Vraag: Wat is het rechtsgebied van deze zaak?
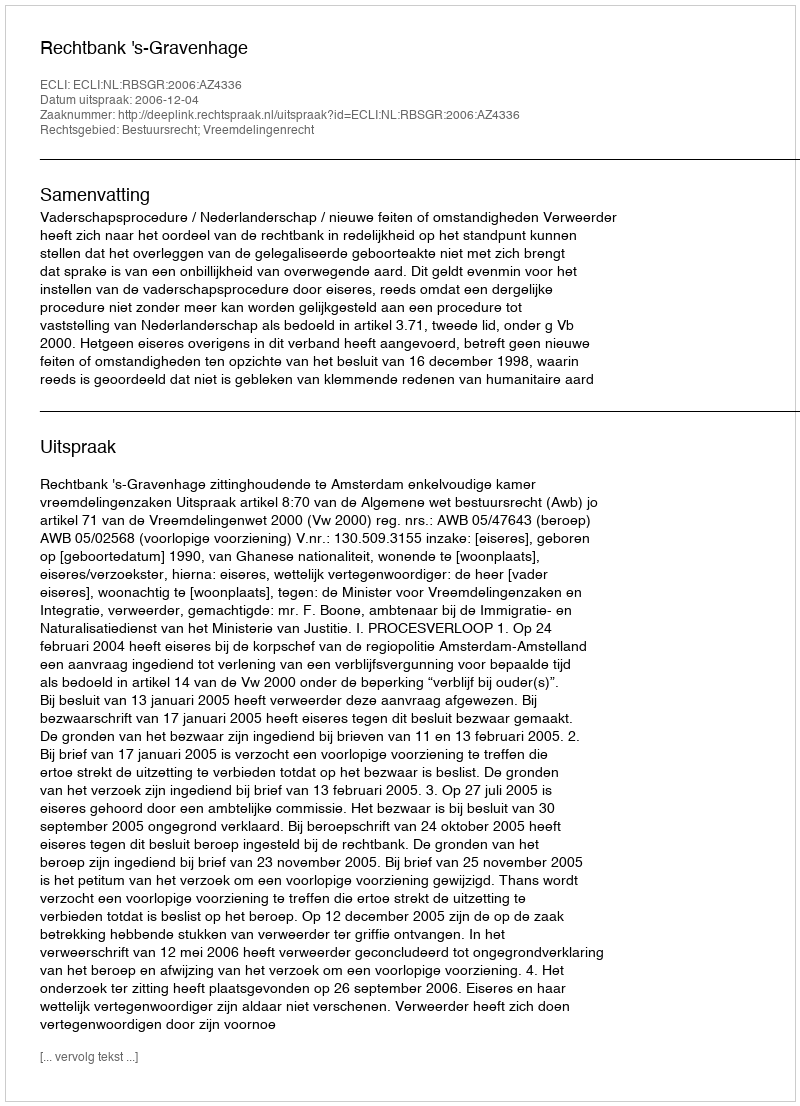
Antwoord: Bestuursrecht; Vreemdelingenrecht